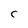
Character: C